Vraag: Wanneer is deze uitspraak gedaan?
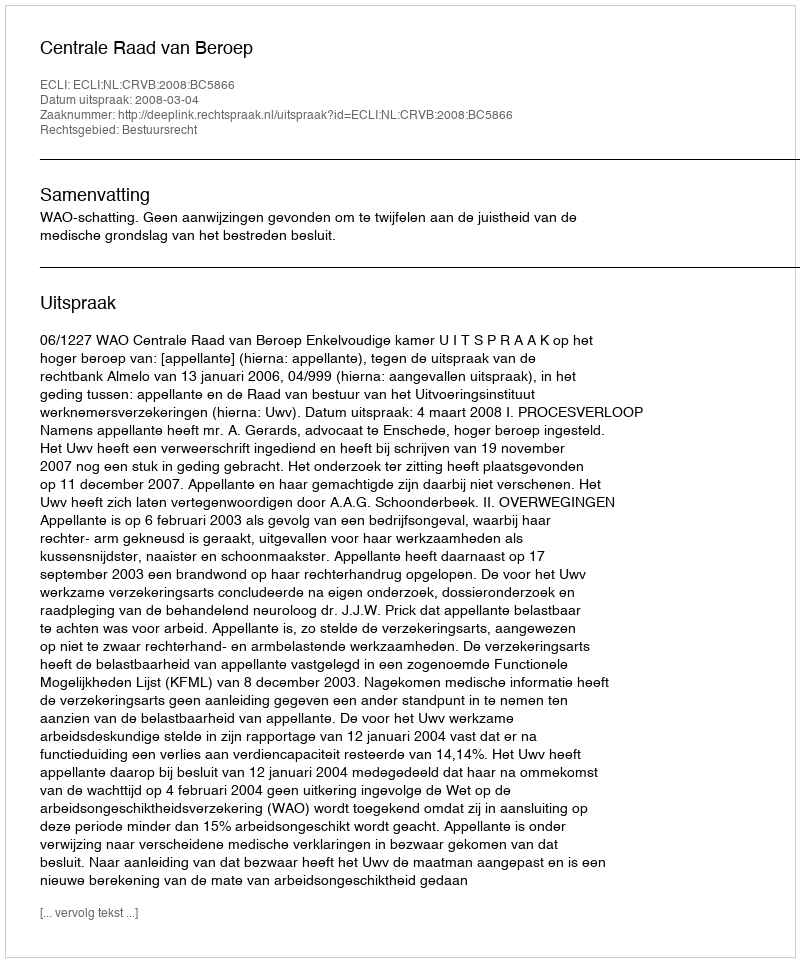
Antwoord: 2008-03-04